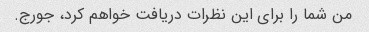
من شما را برای این نظرات دریافت خواهم کرد، جورج.